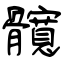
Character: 髖